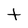
Character: t